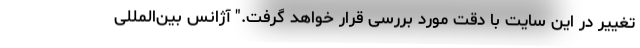
تغییر در این سایت با دقت مورد بررسی قرار خواهد گرفت." آژانس بین‌المللی